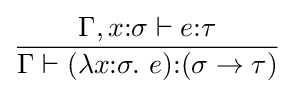
{\frac {\Gamma ,x{\mathbin {:}}\sigma \vdash e{\mathbin {:}}\tau }{\Gamma \vdash (\lambda x{\mathbin {:}}\sigma .~e){\mathbin {:}}(\sigma \to \tau )}}